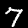
Label: 7